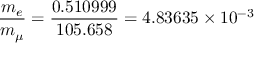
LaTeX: \frac { m _ { e } } { m _ { \mu } } = \frac { 0 . 5 1 0 9 9 9 } { 1 0 5 . 6 5 8 } = 4 . 8 3 6 3 5 \times 1 0 ^ { - 3 }